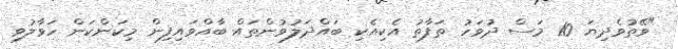
"ވޭތުވެދިޔަ 10 މަސް ދުވަހު ތަފާތު އެކިއެކި ބައްދަލުވުންތައް ބާއްވައިފިން މިކަންކަން ހަވާލުވި